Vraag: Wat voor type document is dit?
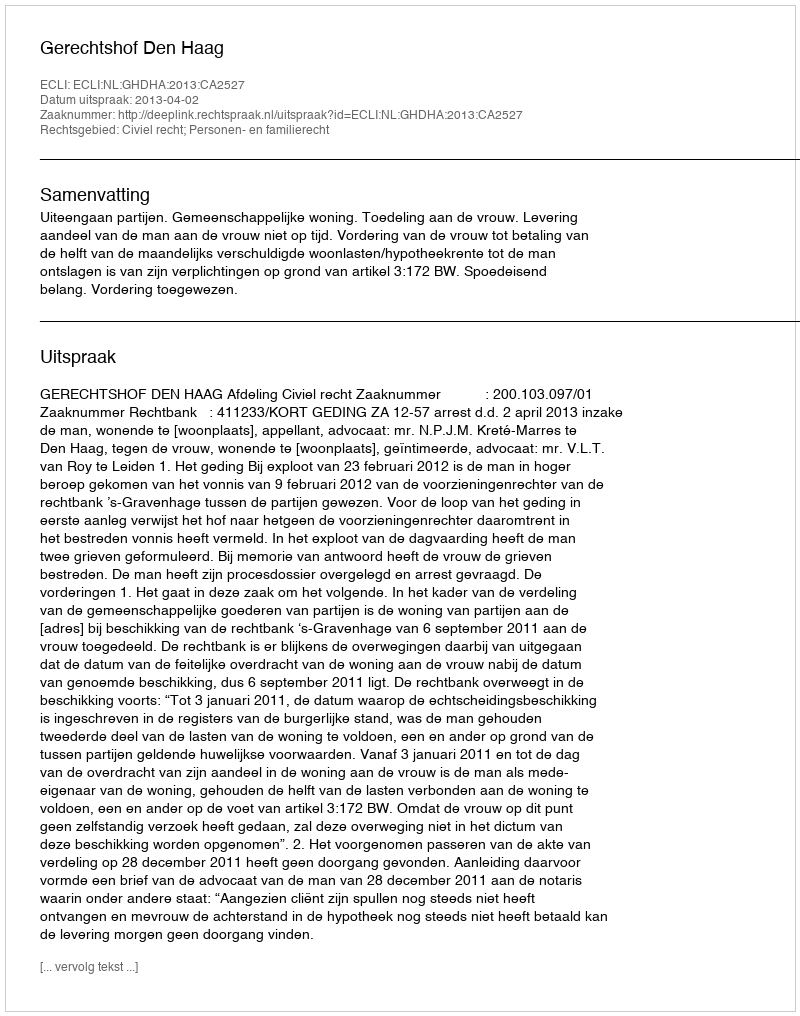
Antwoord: Uitspraak